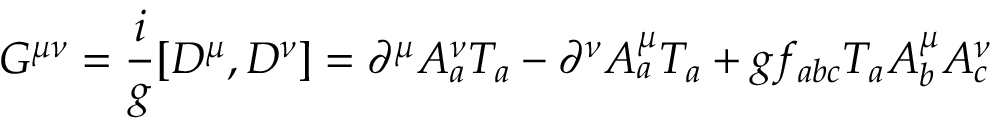
G ^ { \mu \nu } = { \frac { i } { g } } [ D ^ { \mu } , D ^ { \nu } ] = \partial ^ { \mu } A _ { a } ^ { \nu } T _ { a } - \partial ^ { \nu } A _ { a } ^ { \mu } T _ { a } + g f _ { a b c } T _ { a } A _ { b } ^ { \mu } A _ { c } ^ { \nu }